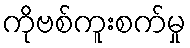
ကိုဗစ်ကူးစက်မှု